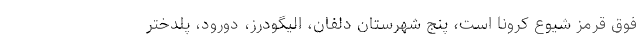
فوق قرمز شیوع کرونا است، پنج شهرستان دلفان، الیگودرز، دورود، پلدختر